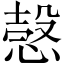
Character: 愨